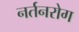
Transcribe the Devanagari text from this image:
नर्तनरोग